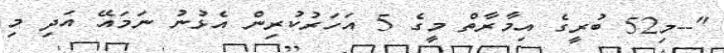
"--މި52 ބުރީގެ އިމާރާތް މީގެ 5 އަހަރުކުރިން އެޅުނު ނަމައޭ އަދި މި